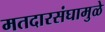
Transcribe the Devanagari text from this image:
मतदारसंघामुळे